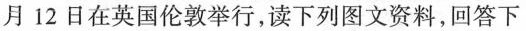
月12日在英国伦敦举行，读下列图文资料，回答下